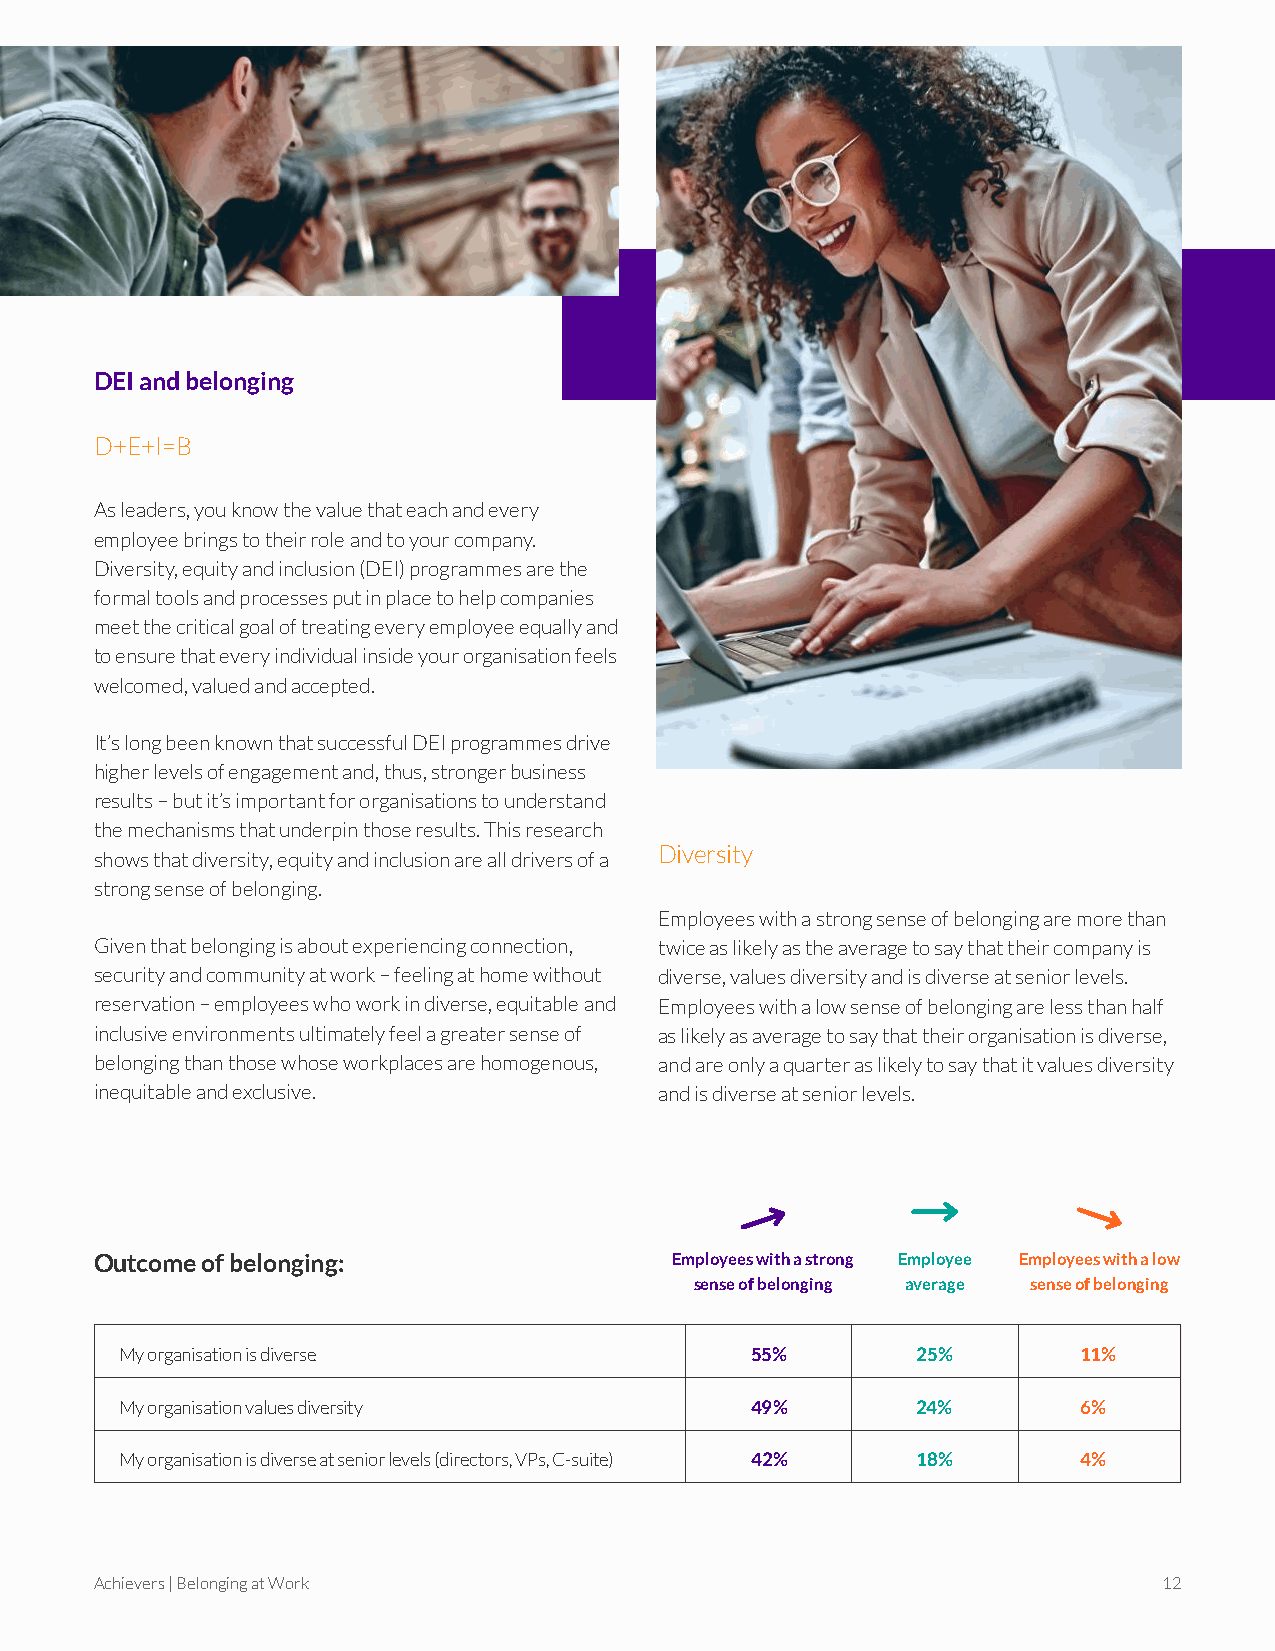
DEI and belonging
 D+E+I=B
 As leaders, you know the value that each and every
 employee brings to their role and to your company.
 Diversity, equity and inclusion (DEI) programmes are the
 formal tools and processes put in place to help companies
 meet the critical goal of treating every employee equally and
 to ensure that every individual inside your organisation feels
 welcomed, valued and accepted.
 It’s long been known that successful DEI programmes drive
 higher levels of engagement and, thus, stronger business
 results – but it’s important for organisations to understand
 the mechanisms that underpin those results. This research
 Diversity
 shows that diversity, equity and inclusion are all drivers of a
 strong sense of belonging.
 Employees with a strong sense of belonging are more than
 Given that belonging is about experiencing connection, twice as likely as the average to say that their company is
 security and community at work – feeling at home without diverse, values diversity and is diverse at senior levels.
 reservation – employees who work in diverse, equitable and Employees with a low sense of belonging are less than half
 inclusive environments ultimately feel a greater sense of as likely as average to say that their organisation is diverse,
 belonging than those whose workplaces are homogenous, and are only a quarter as likely to say that it values diversity
 inequitable and exclusive.            and is diverse at senior levels.
 People who are warmly welcomed and invited to
 be part of their organisational community are 2x
 more likely to feel a sense of belonging.*
 Outcome of belonging:                 Employees with a strong Employee Employees with a low
 sense of belonging average sense of belonging
 My organisation is diverse                55%        25%        11%
 My organisation values diversity          49%        24%        6%
 My organisation is diverse at senior levels (directors, VPs, C-suite) 42% 18% 4%
 Achievers | Belonging at Work                                          12